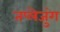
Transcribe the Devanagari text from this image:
तप्लेजुंग